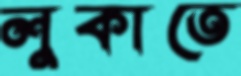
লুকাতে